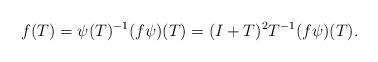
LaTeX: \begin{align*}f(T)=\psi(T)^{-1}(f\psi)(T)=(I+T)^2T^{-1}(f\psi)(T).\end{align*}